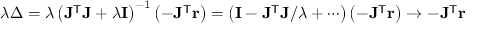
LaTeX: \lambda \Delta = \lambda \left( \mathbf { J ^ { \mathsf { T } } J } + \lambda \mathbf { I } \right) ^ { - 1 } \left( - \mathbf { J } ^ { \mathsf { T } } \mathbf { r } \right) = \left( \mathbf { I } - \mathbf { J ^ { \mathsf { T } } J } / \lambda + \cdots \right) \left( - \mathbf { J } ^ { \mathsf { T } } \mathbf { r } \right) \to - \mathbf { J } ^ { \mathsf { T } } \mathbf { r }